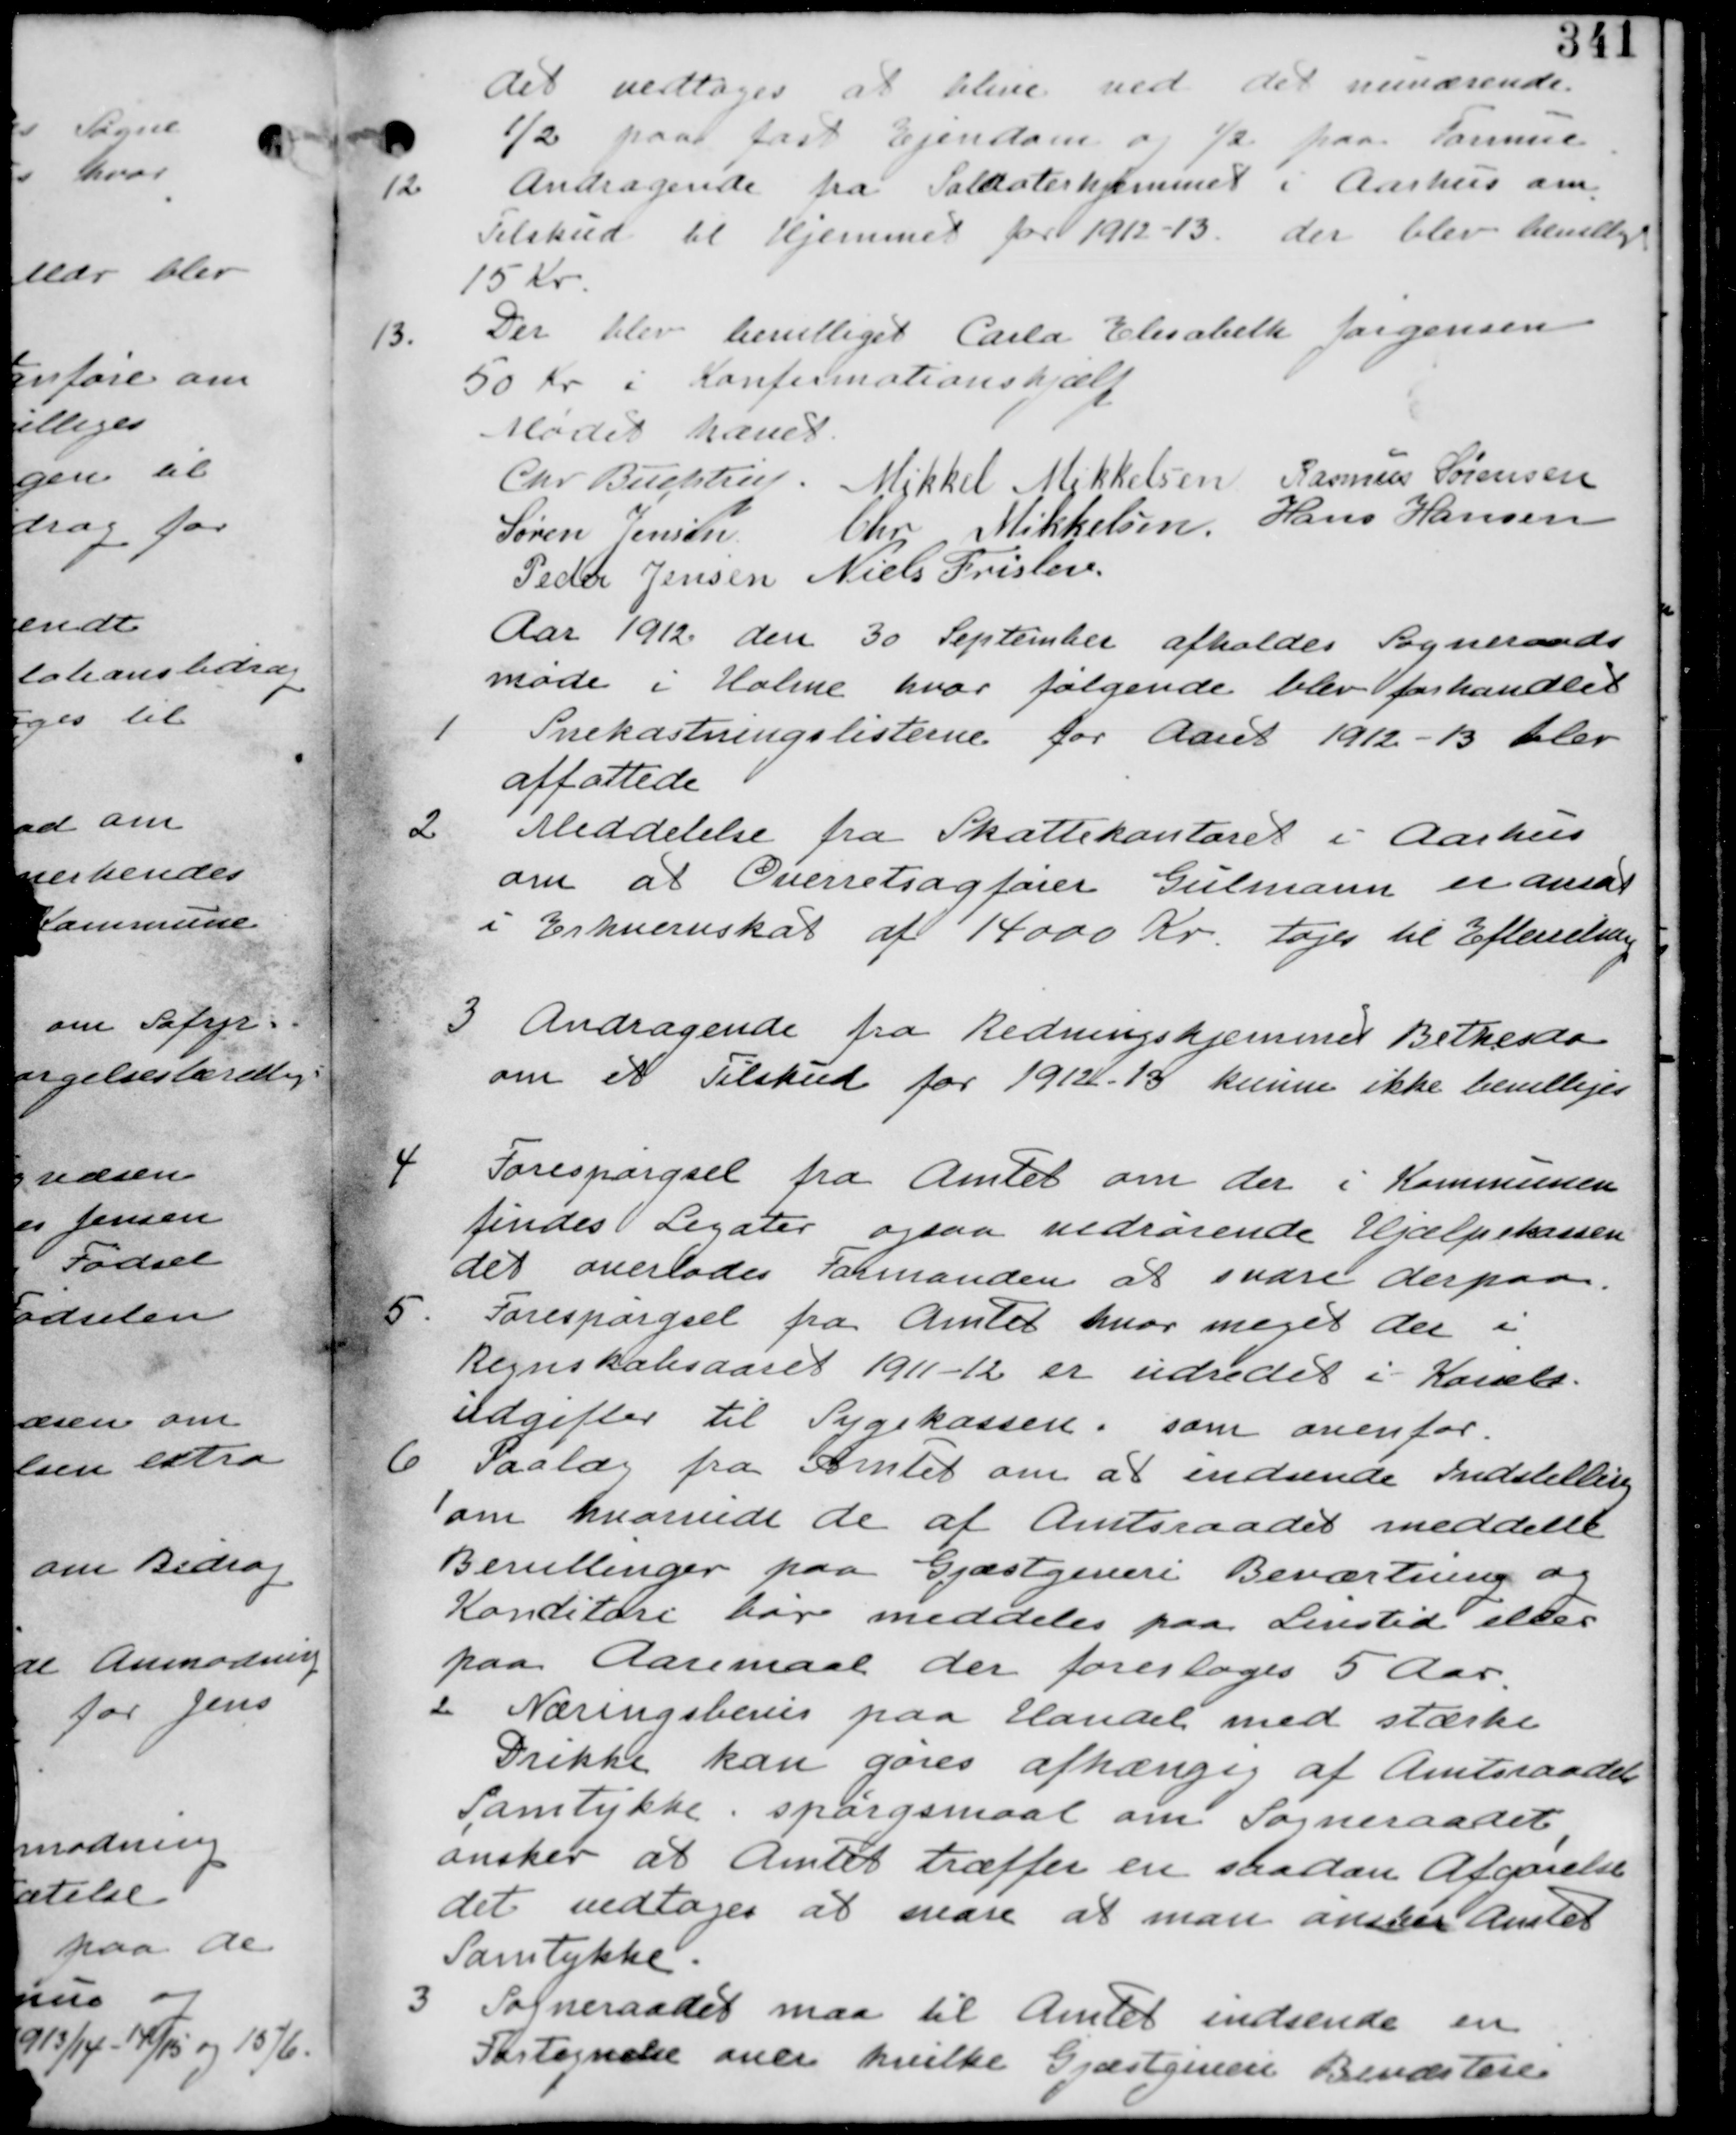
Transskription:
det vedtages at blive ved det nuværende
1/2 paa fast ejendom og 1/2 paa Formue.

12. Andragende fra Soldaterhjemmet i Aarhus om
Tilskud til Hjemmet for 1912-13. der blev bevilliget
15 Kr.

13. Der blev bevilliget Carla Elisabeth Jørgensen
50 Kr i Konfirmationshjælp

Mødet hævet.

Chr. Buchtrup. Mikkel Mikkelsen Rasmus Sørensen
Søren Jensen Chr. Mikkelsen. Hans Hansen
Peder Jensen Niels Frislev.

Aar 1912 den 30. September afholdes Sogneraads-
møde i Holme hvor følgende blev forhandlet.

1. Snekastningslisterne for Aaret 1912-13 blev
affattede.

2. Meddelelse fra Skattekontoret i Aarhus
om at Overretsagfører Gulmann er ansat
i Erhvervsskat af 14000 Kr tages til Efterretning-

3. Andragende fra Redningshjemmet Bethesda
om et Tilskud for 1912-13 kunne ikke bevilliges.

4. Forespørgsel fra Amtet om der i Kommunen
findes Legater ogsaa vedrørende Hjælpekassen
det overlades Formanden at svare derpaa-

5. Forespørgsel fra Amtet hvormeget der i
Regnskabsaaret 1911-12 er udredet i Kai??
udgifter til Sygekassen. som ovenfor.

6. Paalæg fra Amtet om at indsende Indstilling
1. om hvorvidt de af Amtsraadet meddelte
Bevillinger paa Gjæstgiveri Beværtning og
Konditori bør meddeles paa Livstid eller
paa Aaremaal der forelages 5 Aar.
2. Næringsbevis paa Handel med stærke
Drikke kan gøres afhængig af Amtsraadets
Samtykke. spørgsmaal om Sogneraadet
ønsker at Amtet træffer en saadan Afgørelse
det vedtages at man ønsker Amtets
Samtykke.
3. Sogneraadet maa til Amtet indsende en
Fortegnelse over hvilke Gjæstgiveri Beværteri